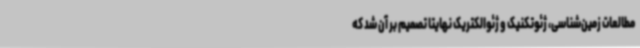
مطالعات زمین‌شناسی، ژئوتکنیک و ژئوالکتریک نهایتاً تصمیم بر آن شد که